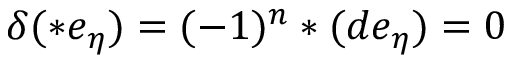
\delta ( \ast e _ { \eta } ) = ( - 1 ) ^ { n } \ast ( d e _ { \eta } ) = 0